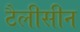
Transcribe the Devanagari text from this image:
टैलीसीन